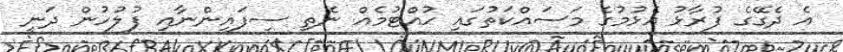
އެ ދެގޭގެ ފުރާޅު އެޅުމުގެ މަސައްކަތުގައި ހުއްޓުމެއް ނެތި ސިފައިންނާއި ފުލުހުން ދަނީ